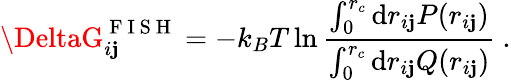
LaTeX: \DeltaG_{i\mathbf{j}}^{\mathrm{{~F~I~S~H~}}}=-k_{B}T\ln\frac{{\int_{0}^{r_{c}}\mathrm{{d}}r_{i\mathbf{j}}P(r_{i\mathbf{j}})}}{{\int_{0}^{r_{c}}\mathrm{{d}}r_{i\mathbf{j}}Q(r_{i\mathbf{j}})}}~.